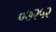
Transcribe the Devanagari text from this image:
०७२५२